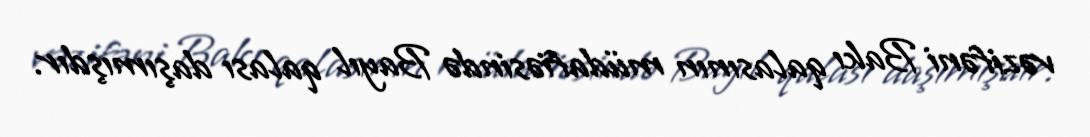
vəzifəni Bakı qalasının müdafiəsində Bayıl qalası daşımışdır.